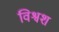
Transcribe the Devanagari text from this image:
विश्वश